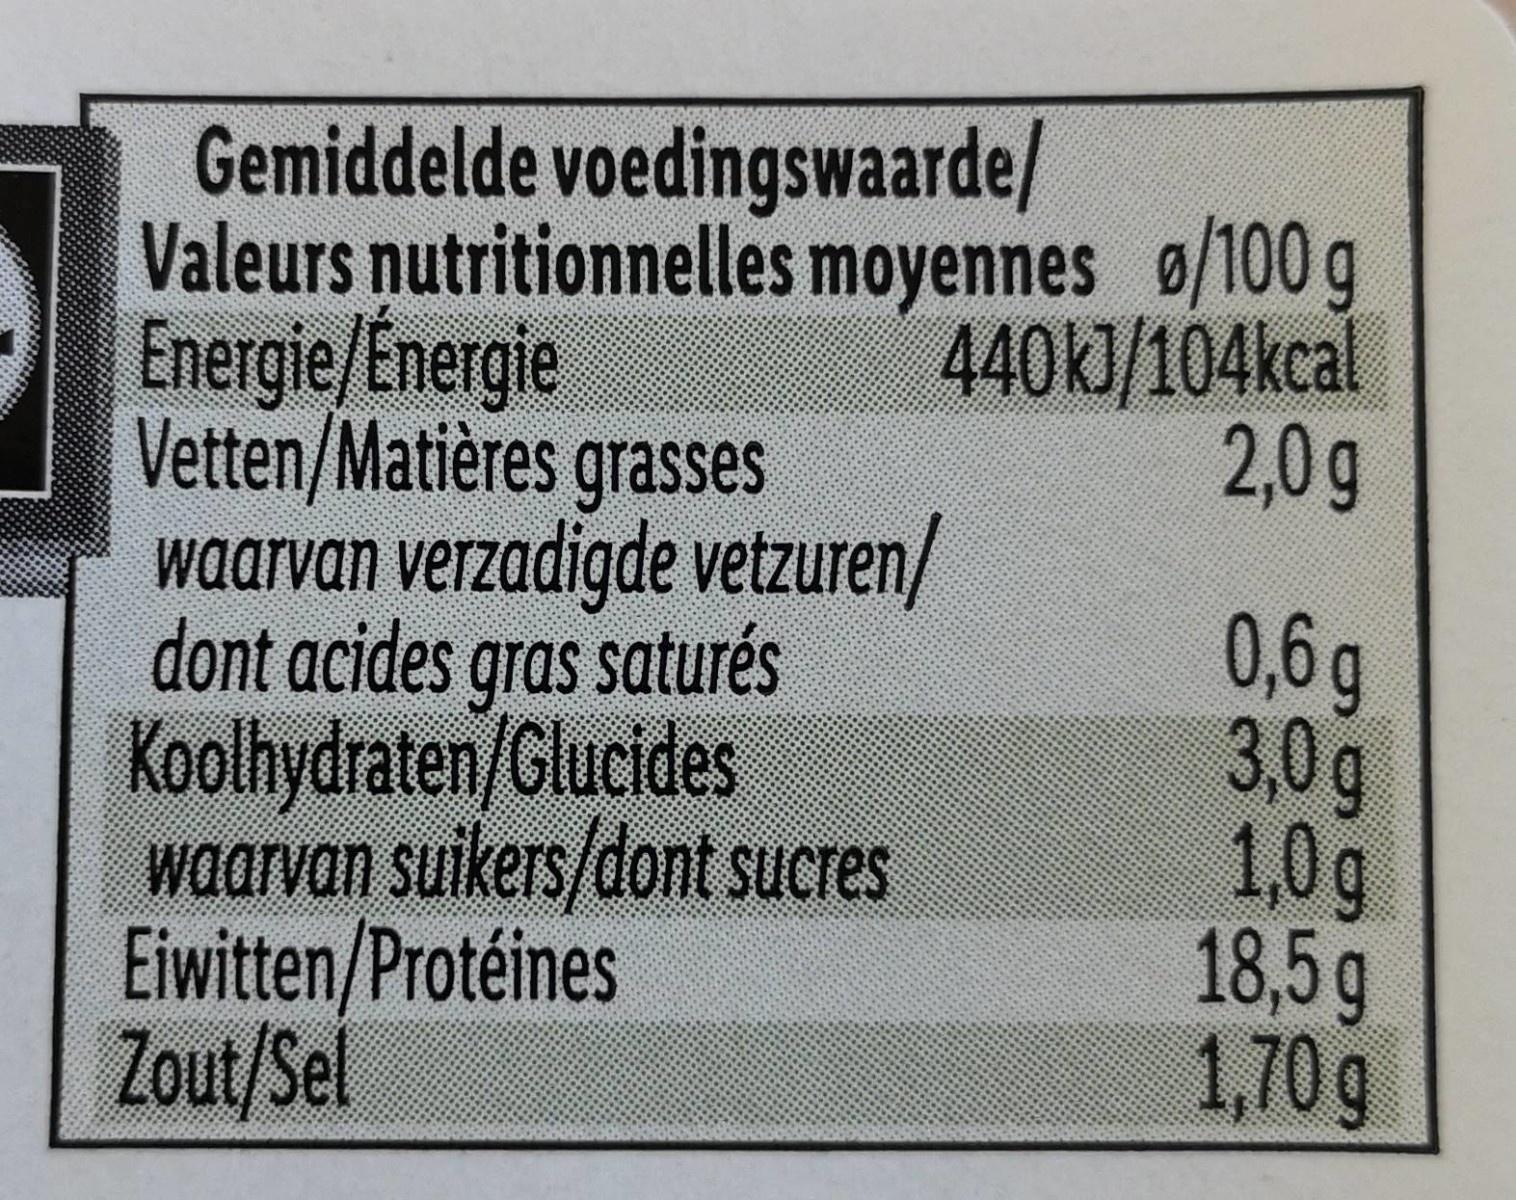
Gemiddelde voedingswaarde/ Valeurs nutritionnelles moyennes o/100 g Energie/Energie Vetten/Matières grasses waarvan verzadigde vetzuren/ dont acides gras saturés Koolhydraten/Glucides waarvan suikers/dont sucres Eiwitten/Protéines Zout/Sel
440kJ/104kcal 2,0g
0,6g 3,0g 1,0g 18,5g 1,70g